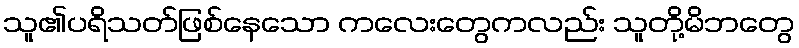
သူ၏ပရိသတ်ဖြစ်နေသော ကလေးတွေကလည်း သူတို့မိဘတွေ